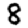
Digit: 8